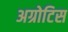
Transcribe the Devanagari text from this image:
अग्रोटिस